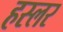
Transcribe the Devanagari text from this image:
हस्‍लर